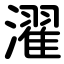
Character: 濯